Leaving Certificate Examination (including Day School Certificate (Higher) General paper), 1937
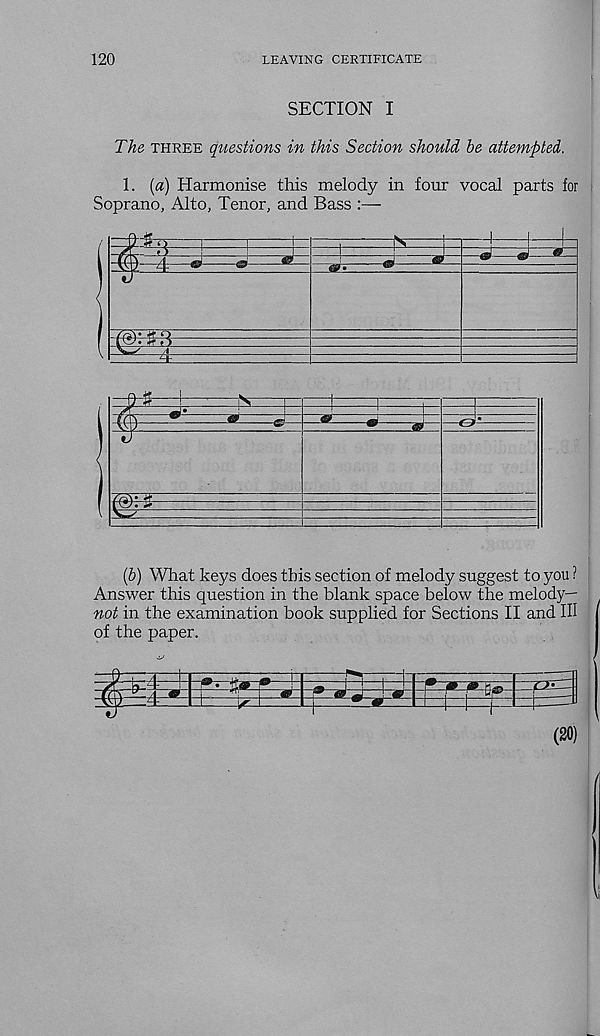
120
LEAVING CERTIFICATE
SECTION I
The three questions in this Section should he attempted.
1. (a) Harmonise this melody in four vocal parts for
Soprano, Alto, Tenor, and Bass :—
(b) What keys does this section of melody suggest to you ?
Answer this question in the blank space below the melody—
not in the examination book supplied for Sections II and III
of the paper.
T-r-p-
zpri
Ek:
(20)